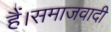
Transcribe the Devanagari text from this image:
हैं।समाजवादी